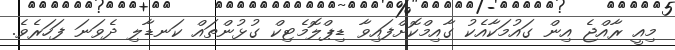
މިއީ ރާއްޖެ އިން ގައުމަކާއެކު ގާއިމްކޮށްފައިވާ ޑިޕްލޮމެޓިކް ގުޅުންތައް ކަނޑާލި ދެވަނަ ފަހަރެވެ.